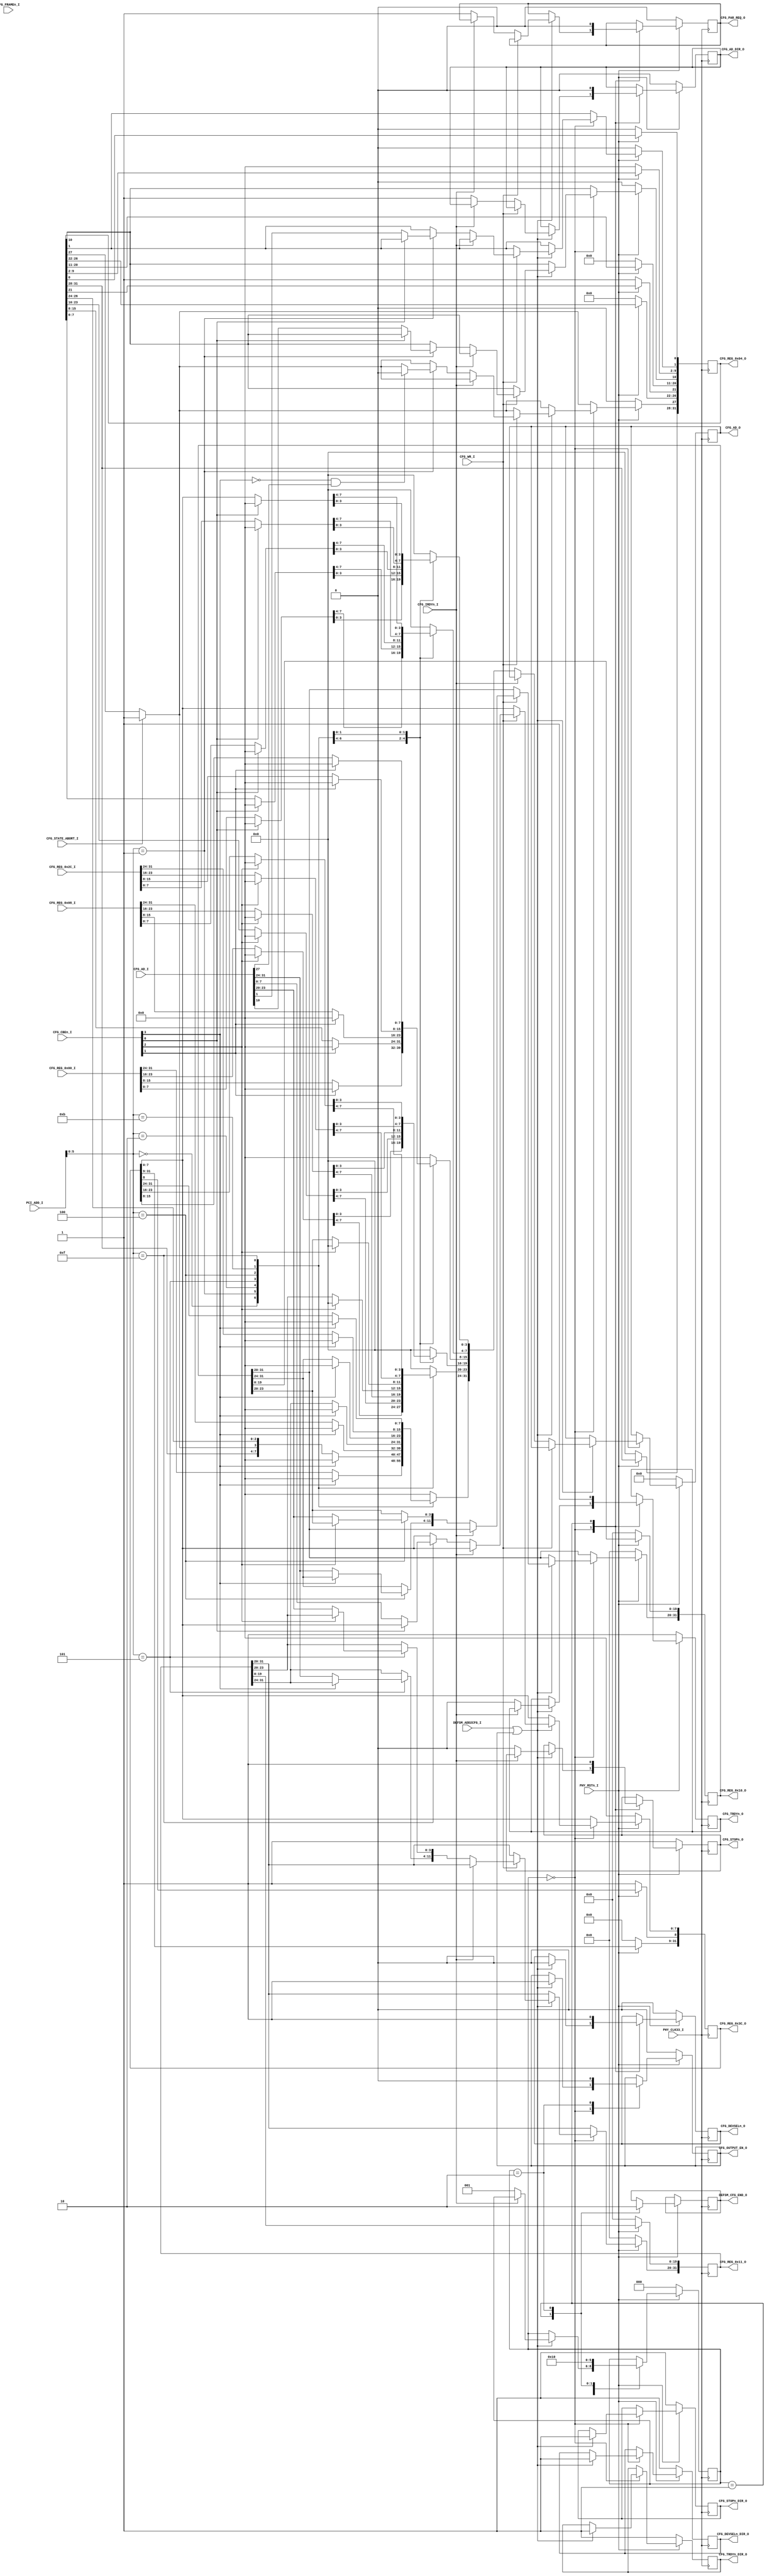
module PCI_DEFSM_CFG_MNG(
	input PHY_CLK33_I,
	input PHY_RSTn_I,
	

	output reg DEFSM_CFG_END_O = 0,
	input      CFG_WR_I,
	input      DEFSM_ADD2CFG_I,
	output reg CFG_OUTPUT_EN_O = 0,
	input CFG_STATE_ABORT_I,
	
	input [23:2] PCI_ADD_I,
	
	output reg [31:0] CFG_REG_0x04_O = 32'h200000,
	output reg [31:0] CFG_REG_0x10_O = 0,
	output reg [31:0] CFG_REG_0x11_O = 0,
	output reg [31:0] CFG_REG_0x3C_O = 32'h100,
	input [31:0] CFG_REG_0x00_I,
	input [31:0] CFG_REG_0x08_I,
	input [31:0] CFG_REG_0x2C_I,
	
	output reg CFG_PAR_REQ_O = 0,
	
	input  CFG_FRAMEn_I,
	input  CFG_IRDYn_I,
	
	output reg   CFG_TRDYn_O = 1,
	output reg   CFG_TRDYn_DIR_O = 0,
	output reg   CFG_DEVSELn_O = 1,
	output reg   CFG_DEVSELn_DIR_O = 0,
	output reg   CFG_STOPn_O = 1 ,
	output reg   CFG_STOPn_DIR_O = 0,

	

	output reg  [31:0]  CFG_AD_O = 0,
	output reg          CFG_AD_DIR_O = 0,
	input [31:0]        CFG_AD_I,
	
	input [3:0]         CFG_CBEn_I
    );
	
	localparam READY = 0;
	localparam TERMINATE = 2;
	localparam WAITE = 1;


	
	reg [2:0] CFG_STATE = READY;
	always @(posedge PHY_CLK33_I)
		if (PHY_RSTn_I == 0)
			begin
				CFG_TRDYn_O = 1;
				CFG_TRDYn_DIR_O = 1;
				CFG_DEVSELn_O = 0;
				CFG_DEVSELn_DIR_O = 1;
				CFG_STOPn_O = 1;
				CFG_STOPn_DIR_O = 1;
				CFG_AD_O = 0;
				CFG_AD_DIR_O = 0;
				
				CFG_REG_0x04_O = 0;
				CFG_REG_0x04_O[21] = 1;
				CFG_REG_0x10_O = 0;
				CFG_REG_0x11_O = 0;
				CFG_REG_0x3C_O = 0;
				CFG_REG_0x3C_O[8] = 1;
				CFG_STATE = READY;
				CFG_PAR_REQ_O = 0;
				
				CFG_OUTPUT_EN_O = 0;
			end
		else 
			begin
				if (CFG_STATE_ABORT_I == 1)
					CFG_REG_0x04_O[27] = 1;
				case (CFG_STATE)
					READY : 
						begin
		
							if (DEFSM_ADD2CFG_I == 1 || CFG_OUTPUT_EN_O == 1)
								begin
									CFG_OUTPUT_EN_O = 1;
									CFG_DEVSELn_O = 0;
									CFG_TRDYn_DIR_O = 1;
									CFG_DEVSELn_DIR_O = 1;
									CFG_STOPn_DIR_O = 1;
									if (CFG_WR_I == 0) //read cycle
										begin
											if (CFG_IRDYn_I == 0)
												begin
													CFG_AD_DIR_O = 1;
													case (PCI_ADD_I[7:2])
														6'b000000 :
															begin
																CFG_AD_O[31:24] = CFG_CBEn_I[3] == 0 ? CFG_REG_0x00_I[31:24] : 8'h00;
																CFG_AD_O[23:16] = CFG_CBEn_I[2] == 0 ? CFG_REG_0x00_I[23:16] : 8'h00;
																CFG_AD_O[15:8]  = CFG_CBEn_I[1] == 0 ? CFG_REG_0x00_I[15:8]  : 8'h00;
																CFG_AD_O[7:0]   = CFG_CBEn_I[0] == 0 ? CFG_REG_0x00_I[7:0]   : 8'h00;
															end
														6'b000001 : 
															begin
																CFG_AD_O[31:24] = CFG_CBEn_I[3] == 0 ? CFG_REG_0x04_O[31:24] : 8'h00;
																CFG_AD_O[23:16] = CFG_CBEn_I[2] == 0 ? CFG_REG_0x04_O[23:16] : 8'h00;
																CFG_AD_O[15:8]  = CFG_CBEn_I[1] == 0 ? CFG_REG_0x04_O[15:8]  : 8'h00;
																CFG_AD_O[7:0]   = CFG_CBEn_I[0] == 0 ? CFG_REG_0x04_O[7:0]   : 8'h00;
															end
														6'b000010 :
															begin
																CFG_AD_O[31:24] = CFG_CBEn_I[3] == 0 ? CFG_REG_0x08_I[31:24] : 8'h00;
																CFG_AD_O[23:16] = CFG_CBEn_I[2] == 0 ? CFG_REG_0x08_I[23:16] : 8'h00;
																CFG_AD_O[15:8]  = CFG_CBEn_I[1] == 0 ? CFG_REG_0x08_I[15:8]  : 8'h00;
																CFG_AD_O[7:0]   = CFG_CBEn_I[0] == 0 ? CFG_REG_0x08_I[7:0]   : 8'h00;
															end
														6'b000101 :
															begin
																CFG_AD_O[31:24] = CFG_CBEn_I[3] == 0 ? CFG_REG_0x11_O[31:24] : 8'h00;
																CFG_AD_O[23:20] = CFG_CBEn_I[2] == 0 ? CFG_REG_0x11_O[23:20] : 4'h00;
																//CFG_AD_O[15:14] = CFG_CBEn_I[1] == 0 ? CFG_REG_0x11_O[15:14] : 2'b00;
																CFG_AD_O[19:0] = 0;
															end
														6'b000100 :
															begin
																CFG_AD_O[31:24] = CFG_CBEn_I[3] == 0 ? CFG_REG_0x10_O[31:24] : 8'h00;
																CFG_AD_O[23:20] = CFG_CBEn_I[2] == 0 ? CFG_REG_0x10_O[23:20] : 4'h00;
																//CFG_AD_O[15:14] = CFG_CBEn_I[1] == 0 ? CFG_REG_0x10_O[15:14] : 2'b00;
																CFG_AD_O[19:4] = 0;
																CFG_AD_O[3:0] = 0;
																//CFG_AD_O[3] = CFG_CBEn_I[0] == 0 ? 1 : 0;
															end
														6'b001011 : 
															begin
																CFG_AD_O[31:24] = CFG_CBEn_I[3] == 0 ? CFG_REG_0x2C_I[31:24] : 8'h00;
																CFG_AD_O[23:16] = CFG_CBEn_I[2] == 0 ? CFG_REG_0x2C_I[23:16] : 8'h00;
																CFG_AD_O[15:8]  = CFG_CBEn_I[1] == 0 ? CFG_REG_0x2C_I[15:8]  : 8'h00;
																CFG_AD_O[7:0]   = CFG_CBEn_I[0] == 0 ? CFG_REG_0x2C_I[7:0]   : 8'h00;
															end
														6'b001111 : 
															begin
																CFG_AD_O[31:24] = CFG_CBEn_I[3] == 0 ? CFG_REG_0x3C_O[31:24] : 8'h00;
																CFG_AD_O[23:16] = CFG_CBEn_I[2] == 0 ? CFG_REG_0x3C_O[23:16] : 8'h00;
																CFG_AD_O[15:8]  = CFG_CBEn_I[1] == 0 ? CFG_REG_0x3C_O[15:8]  : 8'h00;
																CFG_AD_O[7:0]   = CFG_CBEn_I[0] == 0 ? CFG_REG_0x3C_O[7:0]   : 8'h00;
															end
														default :
															CFG_AD_O = 0;
													endcase	
													CFG_TRDYn_O = 0;
													CFG_STOPn_O = 0;
													CFG_PAR_REQ_O = 1;
													CFG_STATE = WAITE;
													
												end
											end
										else	
											begin
												if (CFG_IRDYn_I == 0)
													begin
														case (PCI_ADD_I[7:2])
															6'b000001 :
																begin
																	if (CFG_CBEn_I[3] == 0 && CFG_AD_I[27] == 1)
																		CFG_REG_0x04_O[27] = 0;
																	
																	if (CFG_CBEn_I[0] == 0)
																		begin
																			CFG_REG_0x04_O[1] = CFG_AD_I[1];
																			CFG_REG_0x04_O[10] = CFG_AD_I[10];
																		
																		end
																end
															6'b000101 :
																begin
																	if (CFG_CBEn_I[3] == 0)
																		CFG_REG_0x11_O[31:24] = CFG_AD_I[31:24];
																	if (CFG_CBEn_I[2] == 0)
																		CFG_REG_0x11_O[23:20] = CFG_AD_I[23:20];
																	/* if (CFG_CBEn_I[1] == 0)
																		CFG_REG_0x11_O[15:14] = CFG_AD_I[15:14]; */
																end
															6'b000100 :
																begin
																	if (CFG_CBEn_I[3] == 0)
																		CFG_REG_0x10_O[31:24] = CFG_AD_I[31:24];
																	if (CFG_CBEn_I[2] == 0)
																		CFG_REG_0x10_O[23:20] = CFG_AD_I[23:20];
																	/* if (CFG_CBEn_I[1] == 0)
																		CFG_REG_0x10_O[15:14] = CFG_AD_I[15:14]; */
																end
															6'b001111 :
																begin
																	if (CFG_CBEn_I[0] == 0)
																		CFG_REG_0x3C_O[7:0] = CFG_AD_I[7:0];
																	
																end
														endcase
														CFG_TRDYn_O = 0;
														CFG_STOPn_O = 0;
														CFG_STATE = WAITE;
														
													end
											end
									end
						end
						WAITE :
							begin
								CFG_STATE = TERMINATE;
								DEFSM_CFG_END_O = 1;
								CFG_PAR_REQ_O = 0;
								CFG_AD_DIR_O = 0;
								CFG_DEVSELn_O = 1;
								CFG_TRDYn_O = 1;
								CFG_STOPn_O = 1;
							end
						TERMINATE :
							begin
								CFG_OUTPUT_EN_O = 0;
								DEFSM_CFG_END_O = 0;
								CFG_STATE = READY;
							end
				endcase
			end
endmodule